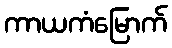
ကာယကံမြောက်